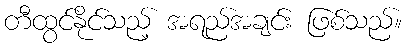
တီထွင်နိုင်သည့် အရည်အချင်း ဖြစ်သည်။